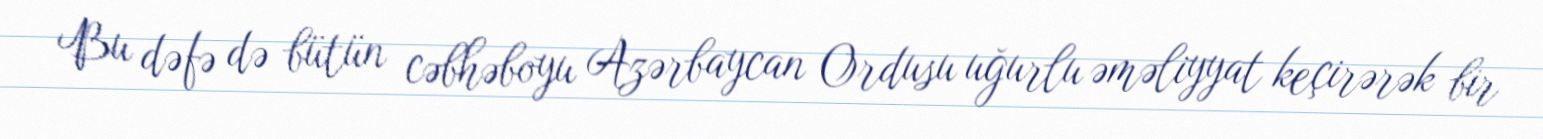
Bu dəfə də bütün cəbhəboyu Azərbaycan Ordusu uğurlu əməliyyat keçirərək bir